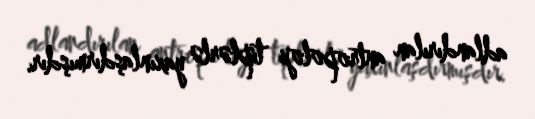
adlandırılan antropoloji tiplərlə yaxınlaşdırmışdır.